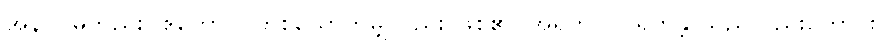
အနာဂါမ်တည်း။ ဧကောပိ၊ တစ်ယောက်မျှလည်း ဖြစ်၏။ အရဟာဝါ၊ ရဟန္တာသည်လည်းကောင်း။